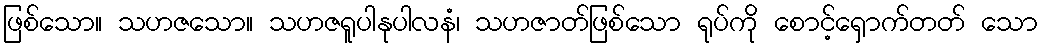
ဖြစ်သော။ သဟဇသော။ သဟဇရူပါနုပါလနံ၊ သဟဇာတ်ဖြစ်သော ရုပ်ကို စောင့်ရှောက်တတ် သော